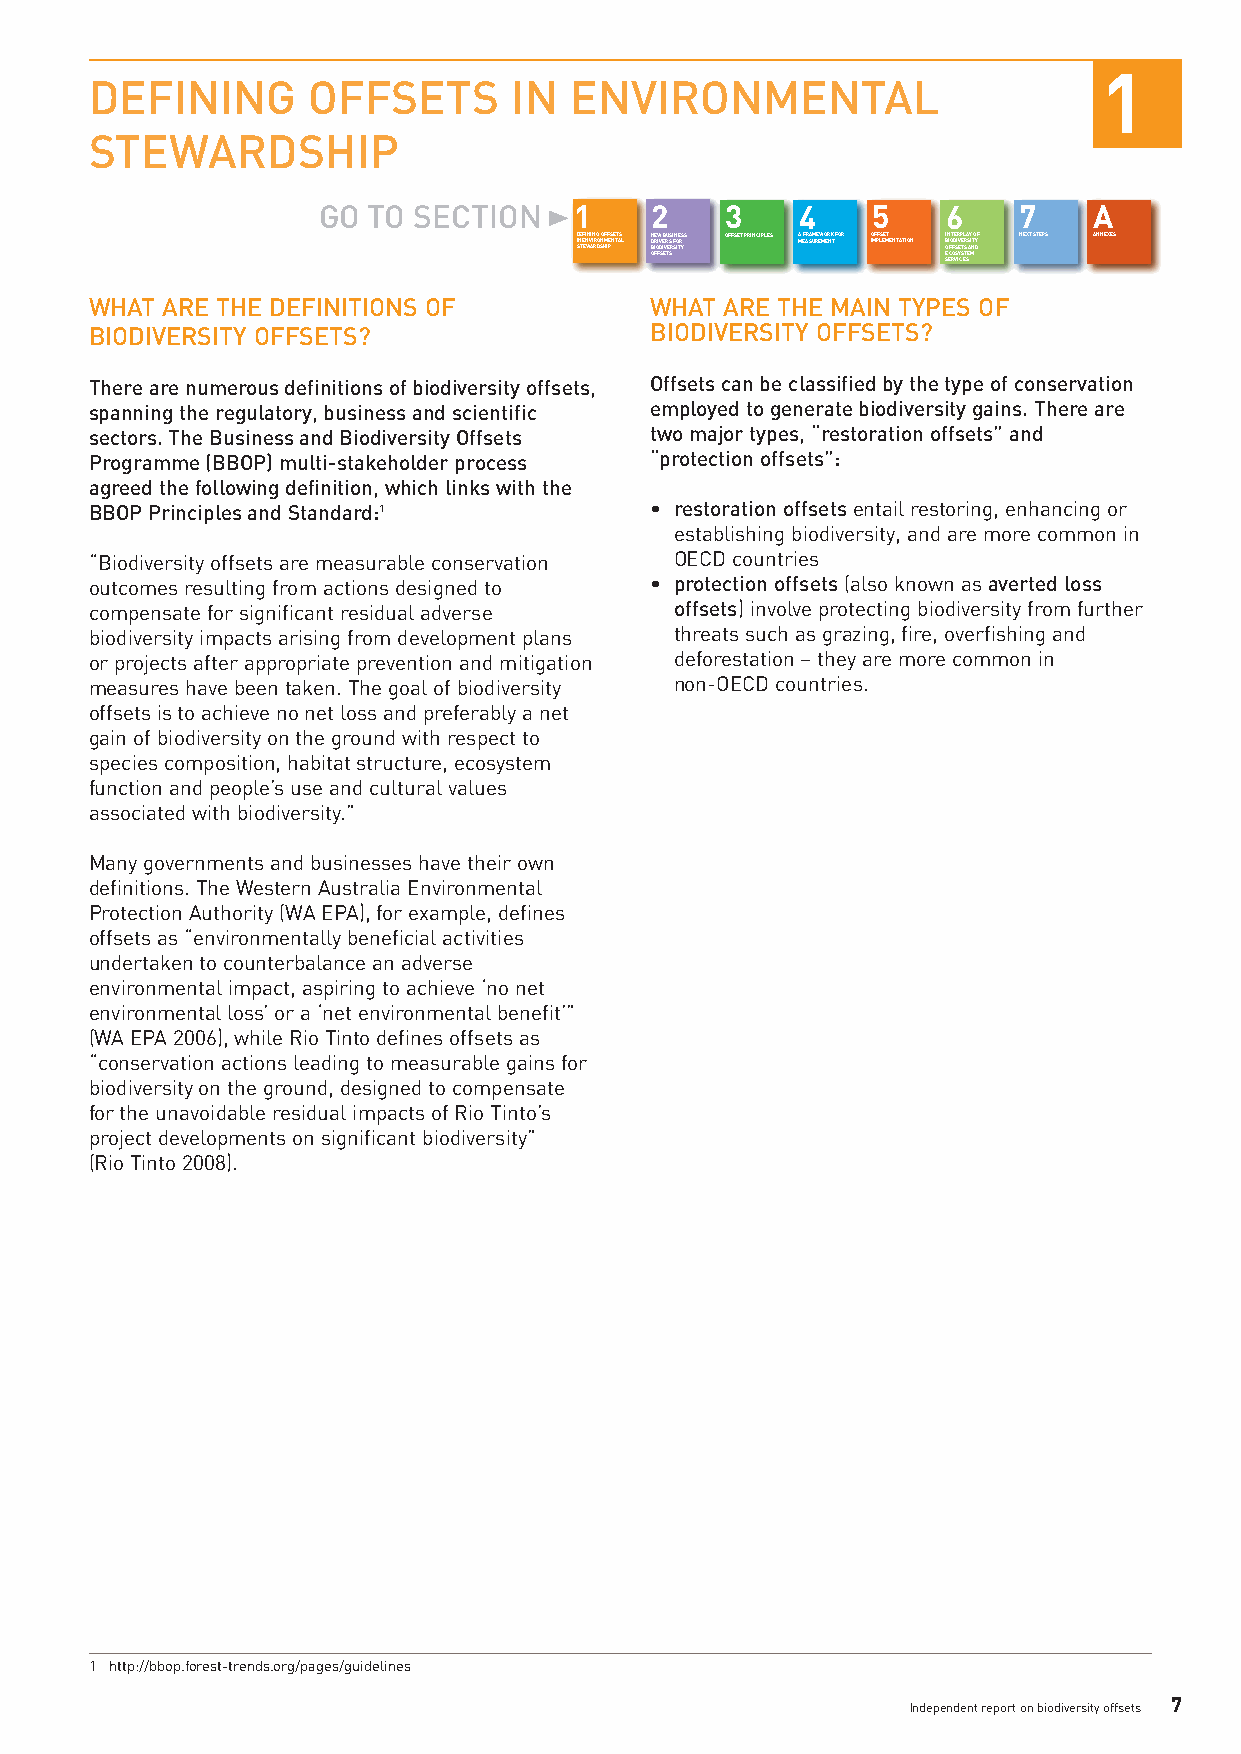
1
 DEFINING      OFFSETS       IN  ENVIRONMENTAL
 STEWARDSHIP
 GO TO SECTION    1    2    3    4    5    6   7    A
 DISNTE EEF WNINVAIIN RRG DO SNO HFMIF PES NETTASL NDBOFIRE OFIW DV SE IEB VR TU ES SRS FI SNOITERYS S OFFSET PRINCIPLES AM EFARSAUMREEWMOERNKT FOR OIMFPFLSEEMT ENTATION IBOESN ECFIOT ROFEDS VSRIE IYV CP TSE EL STR SA EAS Y MIN TO DYF NEXT STEPS ANNEXES
 WHAT ARE THE DEFINITIONS OF          WHAT ARE THE MAIN TYPES OF
 BIODIVERSITY OFFSETS?                BIODIVERSITY OFFSETS?
 There are numerous definitions of biodiversity offsets, Offsets can be classified by the type of conservation
 spanning the regulatory, business and scientific employed to generate biodiversity gains. There are
 sectors. The Business and Biodiversity Offsets two major types, “restoration offsets” and
 Programme (BBOP) multi-stakeholder process “protection offsets”:
 agreed the following definition, which links with the
 BBOP Principles and Standard:1       • restoration offsetsentail restoring, enhancing or
 establishing biodiversity, and are more common in
 “Biodiversity offsets are measurable conservation OECD countries
 outcomes resulting from actions designed to • protection offsets(also known as averted loss
 compensate for significant residual adverse offsets) involve protecting biodiversity from further
 biodiversity impacts arising from development plans threats such as grazing, fire, overfishing and
 or projects after appropriate prevention and mitigation deforestation – they are more common in
 measures have been taken. The goal of biodiversity non-OECD countries.
 offsets is to achieve no net loss and preferably a net
 gain of biodiversity on the ground with respect to
 species composition, habitat structure, ecosystem
 function and people’s use and cultural values
 associated with biodiversity.”
 Many governments and businesses have their own
 definitions. The Western Australia Environmental
 Protection Authority (WA EPA), for example, defines
 offsets as “environmentally beneficial activities
 undertaken to counterbalance an adverse
 environmental impact, aspiring to achieve ‘no net
 environmental loss’ or a ‘net environmental benefit’”
 (WA EPA 2006), while Rio Tinto defines offsets as
 “conservation actions leading to measurable gains for
 biodiversity on the ground, designed to compensate
 for the unavoidable residual impacts of Rio Tinto’s
 project developments on significant biodiversity”
 (Rio Tinto 2008).
 1 http://bbop.forest-trends.org/pages/guidelines
 7
 Independent report on biodiversity offsets